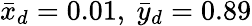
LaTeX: \bar{x}_{d}=0.01,~\bar{y}_{d}=0.89